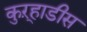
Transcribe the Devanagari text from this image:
कुऱ्हाडीस